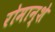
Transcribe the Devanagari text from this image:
रोमान्शे